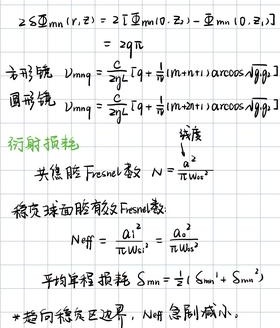
\[
\begin{align*}
2\mathbb{S}_{\min}(r,z)&=2\left[\mathbb{I}_{m}(0,z)-\mathbb{I}_{m - 1}(0,z)\right]\\
&=2q\tau
\end{align*}
\]
方形镜：\(V_{mnq}=\frac{c}{2qL}\left[q + \frac{1}{\pi}(m + n + 1)\arccos A_{eff}\right]\)
圆形镜：\(V_{mnq}=\frac{c}{2qL}\left[q + \frac{1}{\pi}(m + n + 1)\arccos A_{eff}\right]\)
衍射损耗
共焦腔 Fresnel 数 \(N=\frac{a^{2}}{\lambda z_{R}}\)
稳腔球面腔有效 Fresnel 数：
\[
N_{eff}=\frac{a_{1}^{2}}{\pi W_{01}^{2}}=\frac{a_{2}^{2}}{\pi W_{02}^{2}}
\]
平均单程损耗 \(\mathbb{S}_{mn}=\frac{1}{2}(\mathbb{S}_{mn}^{a}+\mathbb{S}_{mn}^{b})\)
*趋向稳定区边界，\(N_{eff}\) 急剧减小。